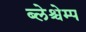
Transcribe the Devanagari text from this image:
ब्लेश्चेम्प